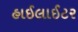
હાઈલાઈટર